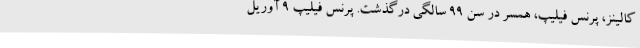
کالینز، پرنس فیلیپ، همسر در سن 99 سالگی درگذشت. پرنس فیلیپ 9 آوریل